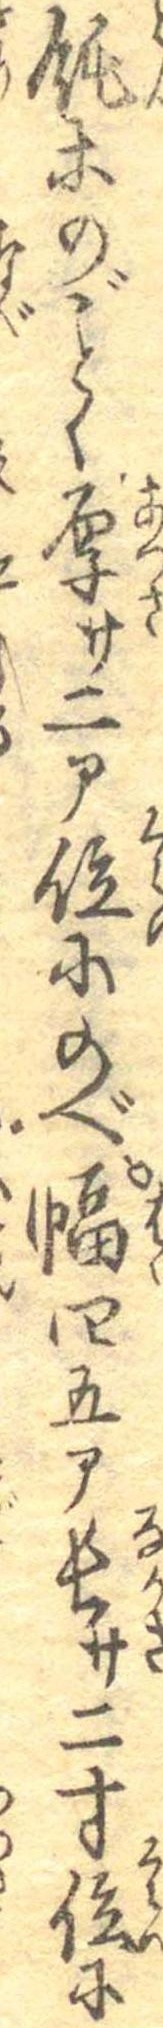
飩等のごとく厚サ二部位にのべ幅四五部長サ二寸位に